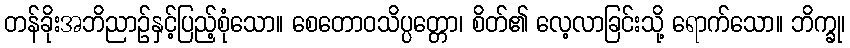
တန်ခိုးအဘိညာဉ်နှင့်ပြည့်စုံသော။ စေတောဝသိပ္ပတ္တော၊ စိတ်၏ လေ့လာခြင်းသို့ ရောက်သော။ ဘိက္ခု၊